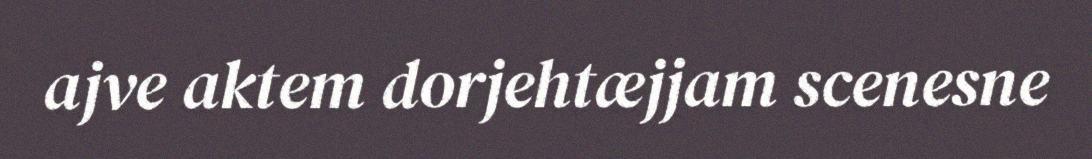
ajve aktem dorjehtæjjam scenesne